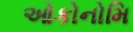
ઓકોનોમિ